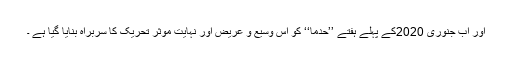
اور اب جنوری 2020کے پہلے ہفتے ’’حدما‘‘ کو اس وسیع و عریض اور نہایت موثر تحریک کا سربراہ بنایا گیا ہے ۔